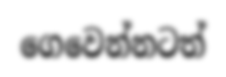
ගෙවෙන්නටත්